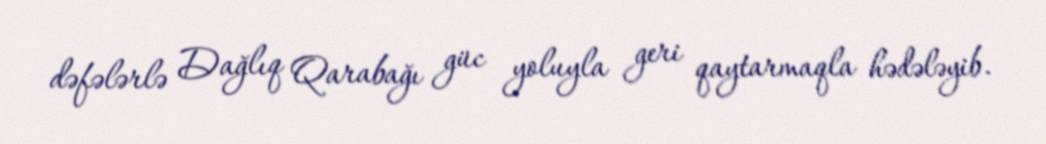
dəfələrlə Dağlıq Qarabağı güc yoluyla geri qaytarmaqla hədələyib.